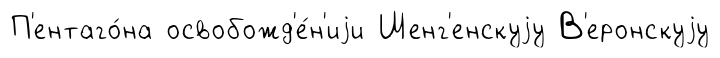
П'ентаго́на освобожд'е́н'иjи Шенг'енскуjу В'еронскуjу